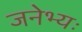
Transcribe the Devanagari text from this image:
जनेभ्यः